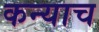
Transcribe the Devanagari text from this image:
कन्याच